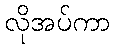
လိုအပ်ကာ